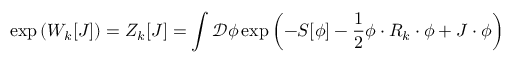
\exp \left( W _ { k } [ J ] \right) = Z _ { k } [ J ] = \int { \mathcal { D } } \phi \exp \left( - S [ \phi ] - { \frac { 1 } { 2 } } \phi \cdot R _ { k } \cdot \phi + J \cdot \phi \right)